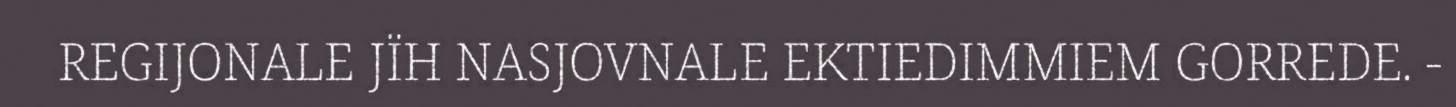
REGIJONALE JÏH NASJOVNALE EKTIEDIMMIEM GORREDE. -